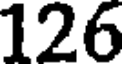
126